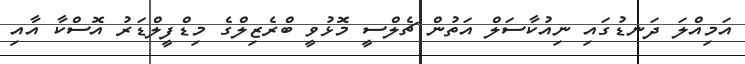
އަމިއްލަ ދަނޑުގައި ނިއުކާސަލް އަތުން ޗެލްސީ މޮޅުވީ ބްރެޒިލްގެ މިޑްފީލްޑަރު އޮސްކާ އާއި